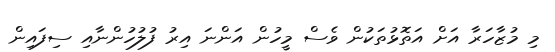
މި މުޒާހަރާ އަށް އަތޮޅުތަކުން ވެސް މީހުން އަންނަ އިރު ފުލުހުންނާއި ސިފައިން